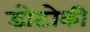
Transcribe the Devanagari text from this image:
डोटोकी